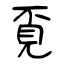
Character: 覔